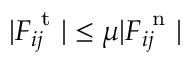
| \boldsymbol { F } _ { i j } ^ { \mathrm { ~ t ~ } } | \leq \mu | \boldsymbol { F } _ { i j } ^ { \mathrm { ~ n ~ } } |